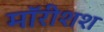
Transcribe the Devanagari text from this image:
मॉरीशश